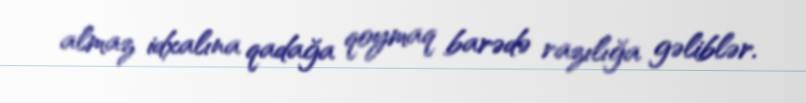
almaz idxalına qadağa qoymaq barədə razılığa gəliblər.